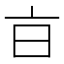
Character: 𣅀